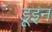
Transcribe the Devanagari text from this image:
डूइन